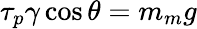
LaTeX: \tau_{p}\gamma\cos\theta=m_{m}g